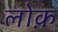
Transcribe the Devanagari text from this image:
लोक़